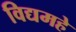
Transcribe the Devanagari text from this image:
विद्यमहे